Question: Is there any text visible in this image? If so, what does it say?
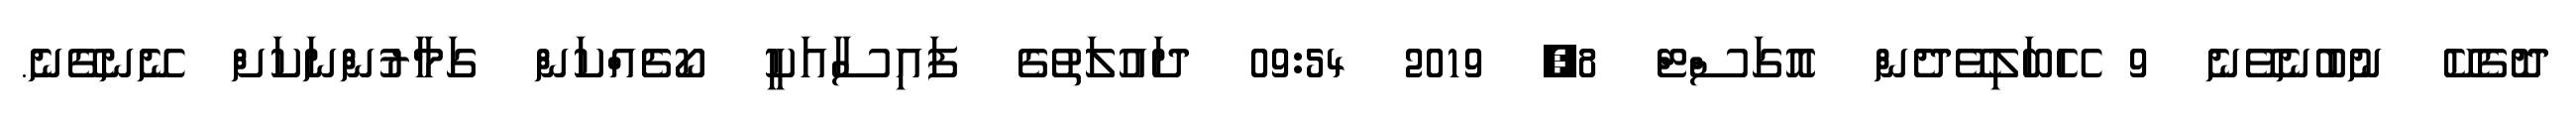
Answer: ދޮގެކޭ ނުބުނެވޭނެ 9 ހޭބަލިވޭދެން އޮގަސްޓް 8, 2019 09:54 ދައުލަތުގެ ފައިސާއަކީ ކޯޗެއްކަން ގަމާރުންނަކަށް ނޭނގޭނެ.